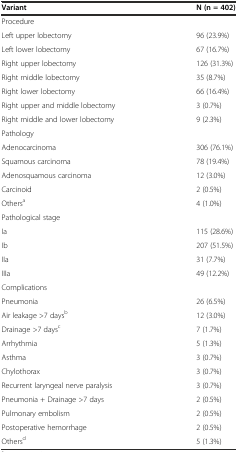
<table><thead><tr><td><b>Variant</b></td><td><b>N (n = 402)</b></td></tr></thead><tbody><tr><td>Procedure</td><td></td></tr><tr><td>Left upper lobectomy</td><td>96 (23.9%)</td></tr><tr><td>Left lower lobectomy</td><td>67 (16.7%)</td></tr><tr><td>Right upper lobectomy</td><td>126 (31.3%)</td></tr><tr><td>Right middle lobectomy</td><td>35 (8.7%)</td></tr><tr><td>Right lower lobectomy</td><td>66 (16.4%)</td></tr><tr><td>Right upper and middle lobectomy</td><td>3 (0.7%)</td></tr><tr><td>Right middle and lower lobectomy</td><td>9 (2.3%)</td></tr><tr><td>Pathology</td><td></td></tr><tr><td>Adenocarcinoma</td><td>306 (76.1%)</td></tr><tr><td>Squamous carcinoma</td><td>78 (19.4%)</td></tr><tr><td>Adenosquamous carcinoma</td><td>12 (3.0%)</td></tr><tr><td>Carcinoid</td><td>2 (0.5%)</td></tr><tr><td>Others<sup>a</sup></td><td>4 (1.0%)</td></tr><tr><td>Pathological stage</td><td></td></tr><tr><td>Ia</td><td>115 (28.6%)</td></tr><tr><td>Ib</td><td>207 (51.5%)</td></tr><tr><td>IIa</td><td>31 (7.7%)</td></tr><tr><td>IIIa</td><td>49 (12.2%)</td></tr><tr><td>Complications</td><td></td></tr><tr><td>Pneumonia</td><td>26 (6.5%)</td></tr><tr><td>Air leakage &gt;7 days<sup>b</sup></td><td>12 (3.0%)</td></tr><tr><td>Drainage &gt;7 days<sup>c</sup></td><td>7 (1.7%)</td></tr><tr><td>Arrhythmia</td><td>5 (1.3%)</td></tr><tr><td>Asthma</td><td>3 (0.7%)</td></tr><tr><td>Chylothorax</td><td>3 (0.7%)</td></tr><tr><td>Recurrent laryngeal nerve paralysis</td><td>3 (0.7%)</td></tr><tr><td>Pneumonia + Drainage &gt;7 days</td><td>2 (0.5%)</td></tr><tr><td>Pulmonary embolism</td><td>2 (0.5%)</td></tr><tr><td>Postoperative hemorrhage</td><td>2 (0.5%)</td></tr><tr><td>Others<sup>d</sup></td><td>5 (1.3%)</td></tr></tbody></table>